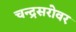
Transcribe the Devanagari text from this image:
चन्द्रसरोवर